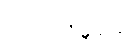
ပါဝင်လိမ့်မည်